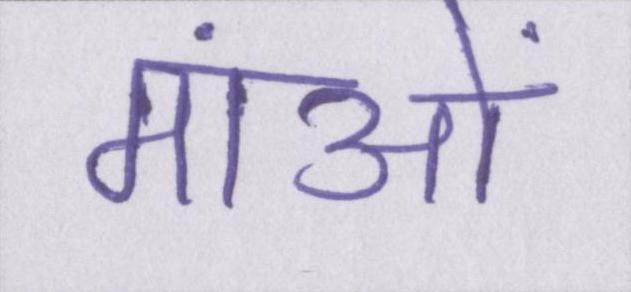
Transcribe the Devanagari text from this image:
मांओं